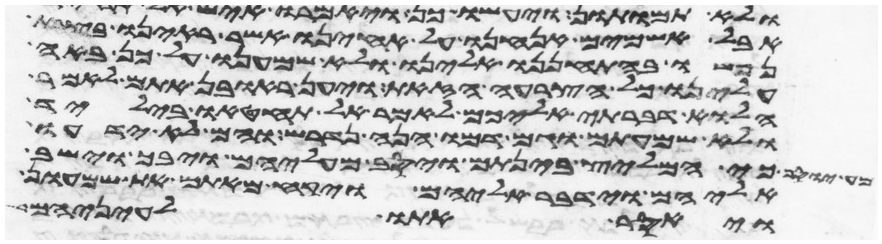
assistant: אבל אשמים אנחנו על אחינו אשר ראינו בצרת
נפשו בהתחננו אלינו ולא שמענו על כן באה
עלינו כל הצרה הזאת ויען ראובן אתם לאמר
הלוא דברתי אליכם לאמר אל תחטאו בילד
ולא שמעתים וגם דמו הנה נדרש והם לא ידעו
כי המליץ בינתם ויסב מעליהם ויבך וישב
אליהם וידבר אליהם ויקח מאתם את שמעון
ויאסר אתו לעיניהם